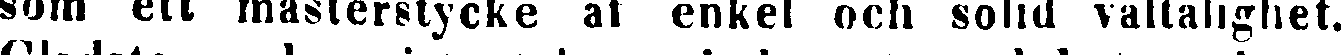
som ett mästerstycke af enkel och solid vältalighet.